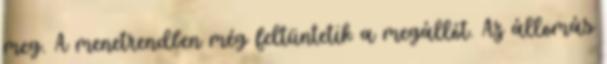
meg. A menetrendben még feltüntetik a megállót. Az állomás